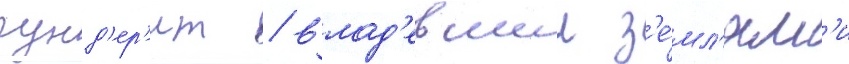
гунд'ер'ит / влад'евшии з'е́мл'ям'и